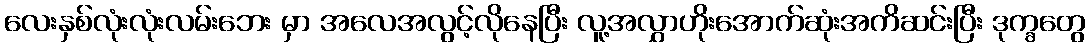
လေးနှစ်လုံးလုံးလမ်းဘေး မှာ အလေအလွင့်လိုနေပြီး လူ့အလွှာဟိုးအောက်ဆုံးအကိဆင်းပြီး ဒုက္ခတွေ